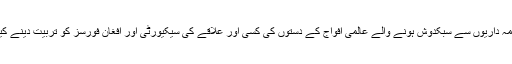
منصوبہ میں کسی علاقے کی سیکیورٹی ذمہ داریوں سے سبکدوش ہونے والے عالمی افواج کے دستوں کی کسی اور علاقے کی سیکیورٹی اور افغان فورسز کو تربیت دینے کیلیے دوبارہ تعیناتی کی شق بھی شامل ہے۔